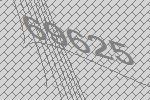
69625